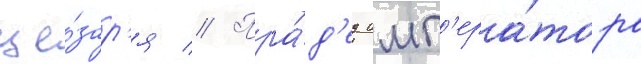
це́зар'я // Пра́д'ед имп'ера́тора